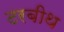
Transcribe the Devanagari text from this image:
टरबीथ